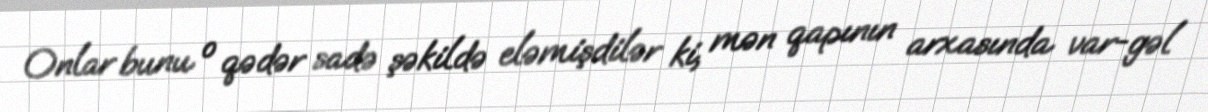
Onlar bunu o qədər sadə şəkildə eləmişdilər ki, mən qapının arxasında var-gəl